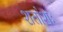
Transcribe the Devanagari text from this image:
शतांशः